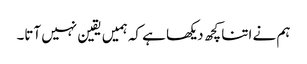
ہم نے اتنا کچھ دیکھا ہے کہ ہمیں یقین نہیں آتا۔